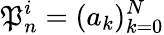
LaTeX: \mathfrak{P}_{n}^{i}=(a_{k})_{k=0}^{N}